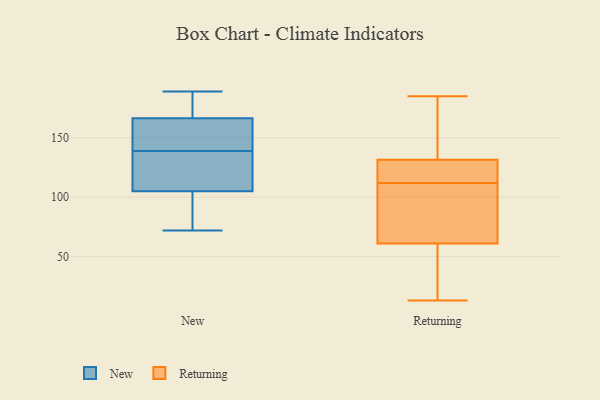
{"axis": {"x": "Active Users", "y": "Value"}, "legend": ["New", "Returning"], "data": [{"x": "", "y": 72, "type": "New"}, {"x": "", "y": 135, "type": "New"}, {"x": "", "y": 181, "type": "New"}, {"x": "", "y": 175, "type": "New"}, {"x": "", "y": 189, "type": "New"}, {"x": "", "y": 136, "type": "New"}, {"x": "", "y": 142, "type": "New"}, {"x": "", "y": 98, "type": "New"}, {"x": "", "y": 74, "type": "New"}, {"x": "", "y": 158, "type": "New"}, {"x": "", "y": 112, "type": "New"}, {"x": "", "y": 148, "type": "New"}, {"x": "", "y": 101, "type": "Returning"}, {"x": "", "y": 109, "type": "Returning"}, {"x": "", "y": 57, "type": "Returning"}, {"x": "", "y": 115, "type": "Returning"}, {"x": "", "y": 168, "type": "Returning"}, {"x": "", "y": 65, "type": "Returning"}, {"x": "", "y": 124, "type": "Returning"}, {"x": "", "y": 28, "type": "Returning"}, {"x": "", "y": 127, "type": "Returning"}, {"x": "", "y": 172, "type": "Returning"}, {"x": "", "y": 134, "type": "Returning"}, {"x": "", "y": 26, "type": "Returning"}, {"x": "", "y": 129, "type": "Returning"}, {"x": "", "y": 185, "type": "Returning"}, {"x": "", "y": 13, "type": "Returning"}, {"x": "", "y": 99, "type": "Returning"}]}